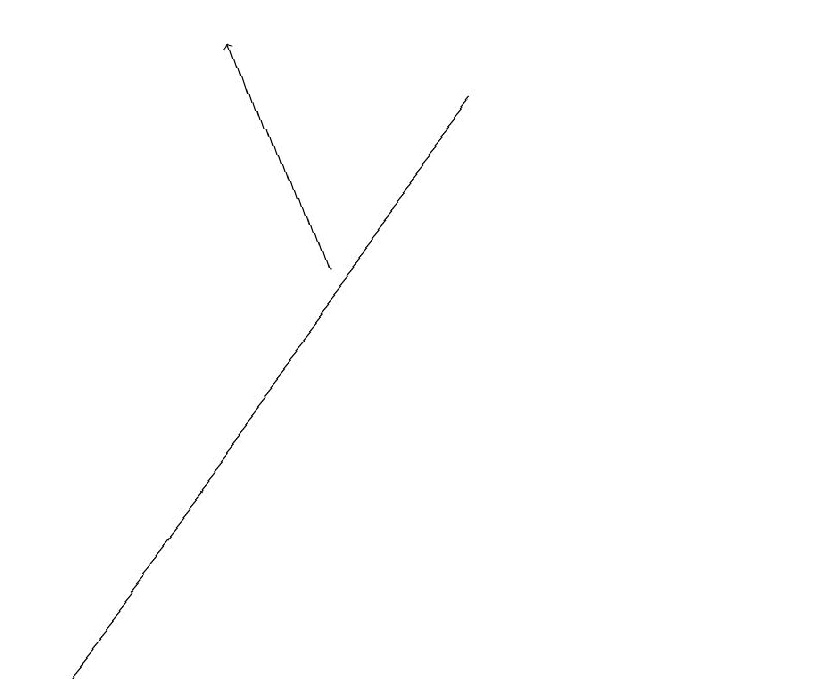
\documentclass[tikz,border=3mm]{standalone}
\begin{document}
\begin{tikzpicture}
\draw[->] (6,18) -- (0,11);
\draw (10,12) circle (0);
\draw[->] (4,16) -- (3,19);
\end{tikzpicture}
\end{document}